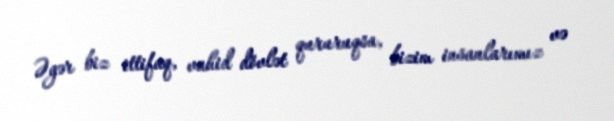
Əgər biz ittifaq, vahid dövlət qururuqsa, bizim insanlarımız və